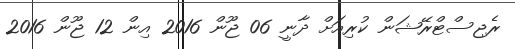
ރެޖިސްޓްރޭޝަން ކުރިއަށް ދާނީ 06 ޖޫން 2016 އިން 12 ޖޫން 2016